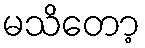
မသိတော့